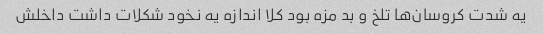
یه شدت کروسان‌ها تلخ و بد مزه بود کلا اندازه یه نخود شکلات داشت داخلش